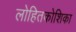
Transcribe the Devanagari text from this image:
लोहितकोशिका